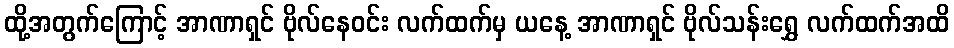
ထို့အတွက်ကြောင့် အာဏာရှင် ဗိုလ်နေဝင်း လက်ထက်မှ ယနေ့ အာဏာရှင် ဗိုလ်သန်းရွှေ လက်ထက်အထိ